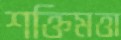
শক্তিমত্তা